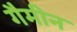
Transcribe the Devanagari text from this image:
गैमीन